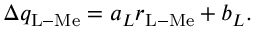
\Delta q _ { \mathrm { L - M e } } = a _ { L } r _ { \mathrm { L - M e } } + b _ { L } .